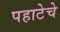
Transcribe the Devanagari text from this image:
पहाटेचे